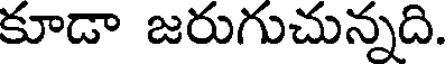
కూడా జరుగుచున్నది.